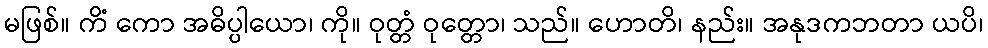
မဖြစ်။ ကိံ ကော အဓိပ္ပါယော၊ ကို။ ဝုတ္တံ ဝုတ္တော၊ သည်။ ဟောတိ၊ နည်း။ အနုဒကဘတာ ယပိ၊